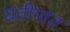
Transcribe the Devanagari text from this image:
यतीमात